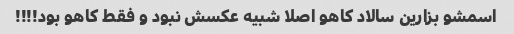
اسمشو بزارین سالاد کاهو اصلا شبیه عکسش نبود و فقط کاهو بود!!!!